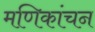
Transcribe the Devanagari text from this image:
मणिकांचन